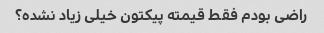
راضی بودم فقط قیمته پیکتون خیلی زیاد نشده؟